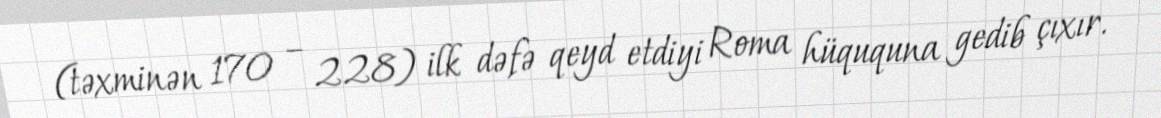
(təxminən 170 – 228) ilk dəfə qeyd etdiyi Roma hüququna gedib çıxır.